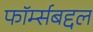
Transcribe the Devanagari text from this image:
फॉर्म्सबद्दल